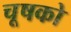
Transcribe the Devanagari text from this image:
चूषको